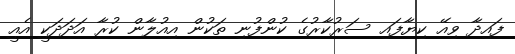
ފައިދާ ވިއޭ ކިޔާފައި ސަރުކާރުގެ ކުންފުނި ތަކުން އިއުލާން ކުރާ އަދަަދަކީ އެއީ